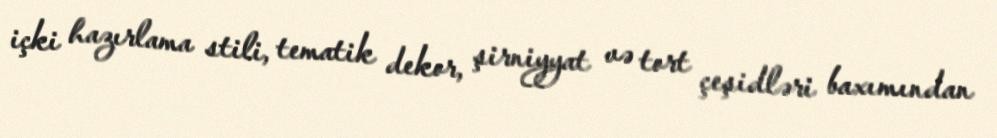
içki hazırlama stili, tematik dekor, şirniyyat və tort çeşidləri baxımından